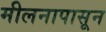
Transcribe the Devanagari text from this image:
मीलनापासून